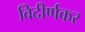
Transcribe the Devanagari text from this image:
विदीर्णकर